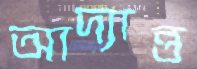
আদ্যান্ত